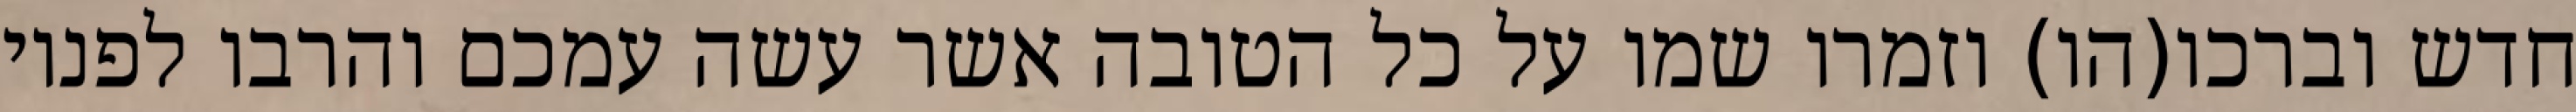
חדש וברכו(הו) וזמרו שמו על כל הטובה אשר עשה עמכם והרבו לפניו